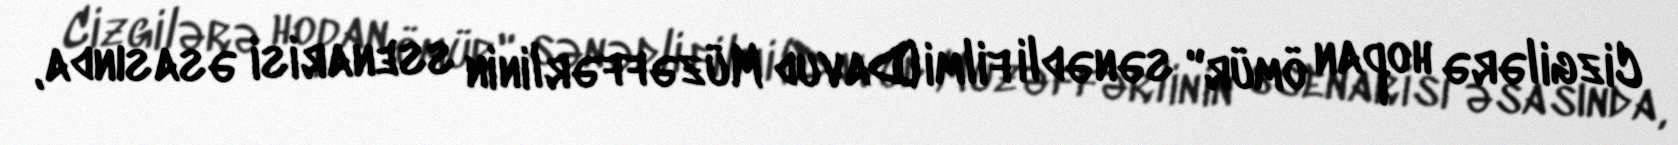
Cizgilərə hopan ömür" sənədli filmi (Davud Müzəffərlinin ssenarisi əsasında,